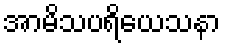
အာမိသပရိယေသနာ